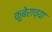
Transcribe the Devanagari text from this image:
कुबेराच्या